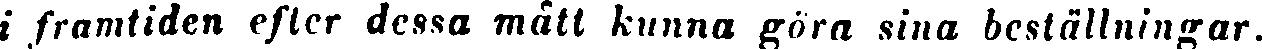
i framtiden efter dessa mått kunna göra sina beställningar.